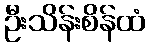
ဦးသိန်းစိန်ထံ